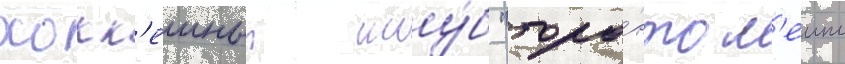
хокк'еиныи клу́б "торо́нто м'еипл